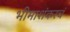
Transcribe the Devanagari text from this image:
भीमाशंकरचं